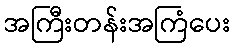
အကြီးတန်းအကြံပေး